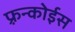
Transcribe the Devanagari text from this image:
फ़्रन्कोईस